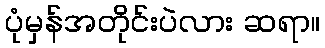
ပုံမှန်အတိုင်းပဲလား ဆရာ။